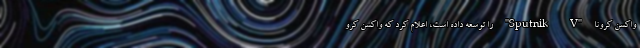
واکسن کرونا "Sputnik V" را توسعه داده است، اعلام کرد که واکسن کرو